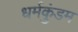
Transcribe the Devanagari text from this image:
धर्मकुंडम